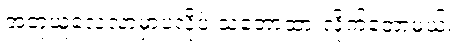
အတုယူလေ့လာမှာပဲလို့ပဲ သဘောထားလိုက်တော့မယ်။